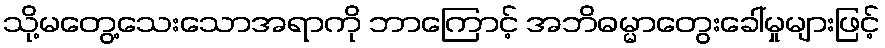
သို့မတွေ့သေးသောအရာကို ဘာကြောင့် အဘိဓမ္မာတွေးခေါ်မှုများဖြင့်